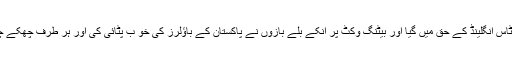
بس اس دفعہ ٹاس انگلینڈ کے حق میں گیا اور بیٹنگ وکٹ پر اُنکے بلے بازوں نے پاکستان کے باؤلرز کی خو ب پٹائی کی اور ہر طرف چھکے چوکے لگائے۔